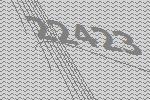
22423